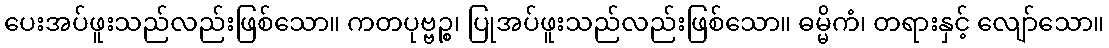
ပေးအပ်ဖူးသည်လည်းဖြစ်သော။ ကတပုဗ္ဗဉ္စ၊ ပြုအပ်ဖူးသည်လည်းဖြစ်သော။ ဓမ္မိကံ၊ တရားနှင့် လျော်သော။